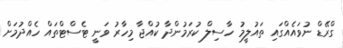
ގްރޭޑް ނުވައެއްގައި ތައުލީމު ހާސިލް ކުރަމުންދާ ކުއްޖާ މިހާރު ވަނީ ޓެސްޓްތައް ހެއްދުމަށް